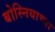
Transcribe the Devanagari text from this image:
बोस्नियाच्या